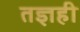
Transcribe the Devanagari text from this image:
तज्ञही